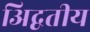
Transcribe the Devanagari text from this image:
अिद्वतीय